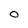
Character: 0